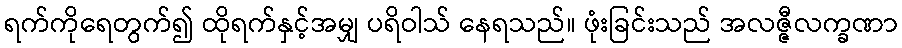
ရက်ကိုရေတွက်၍ ထိုရက်နှင့်အမျှ ပရိဝါသ် နေရသည်။ ဖုံးခြင်းသည် အလဇ္ဇီလက္ခဏာ